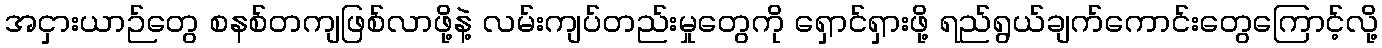
အငှားယာဉ်တွေ စနစ်တကျဖြစ်လာဖို့နဲ့ လမ်းကျပ်တည်းမှုတွေကို ရှောင်ရှားဖို့ ရည်ရွယ်ချက်ကောင်းတွေကြောင့်လို့